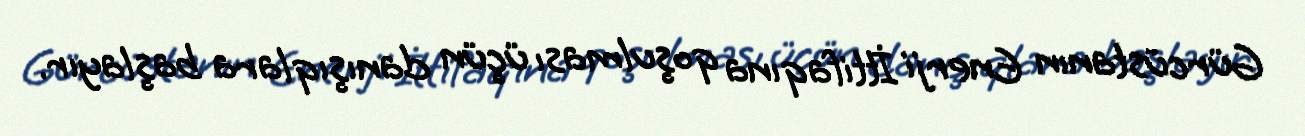
Gürcüstanın Enerji İttifaqına qoşulması üçün danışıqlara başlayır.